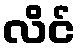
လိင်